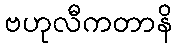
ဗဟုလီကတာနိ